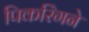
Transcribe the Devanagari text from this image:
पिकरिंगने